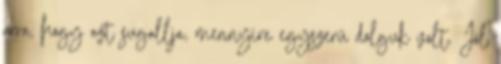
arra, hogy azt sugallja, mennyire egyszerű dolguk volt. Jól